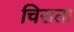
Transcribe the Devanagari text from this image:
चिराता